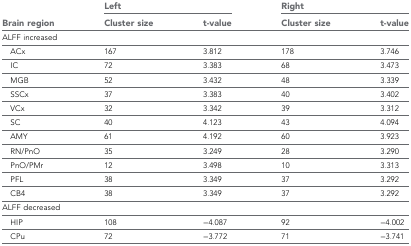
| <ROWSPAN=2> Brain region | <COLSPAN=2> Left | <COLSPAN=2> Right |
 | Cluster size | t-value | Cluster size | t-value |
 | --- | --- | --- | --- | --- |
 | <COLSPAN=5> ALFF increased |
 | ACx | 167 | 3.812 | 178 | 3.746 |
 | IC | 72 | 3.383 | 68 | 3.473 |
 | MGB | 52 | 3.432 | 48 | 3.339 |
 | SSCx | 37 | 3.383 | 40 | 3.402 |
 | VCx | 32 | 3.342 | 39 | 3.312 |
 | SC | 40 | 4.123 | 43 | 4.094 |
 | AMY | 61 | 4.192 | 60 | 3.923 |
 | RN/PnO | 35 | 3.249 | 28 | 3.290 |
 | PnO/PMr | 12 | 3.498 | 10 | 3.313 |
 | PFL | 38 | 3.349 | 37 | 3.292 |
 | CB4 | 38 | 3.349 | 37 | 3.292 |
 | <COLSPAN=5> ALFF decreased |
 | HIP | 108 | −4.087 | 92 | −4.002 |
 | CPu | 72 | −3.772 | 71 | −3.741 |